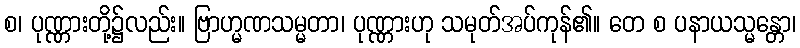
စ၊ ပုဏ္ဏားတို့၌လည်း။ ဗြာဟ္မဏသမ္မတာ၊ ပုဏ္ဏားဟု သမုတ်အပ်ကုန်၏။ တေ စ ပနာယသ္မန္တော၊